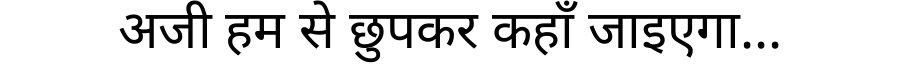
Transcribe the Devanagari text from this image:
अजी हम से छुपकर कहाँ जाइएगा...